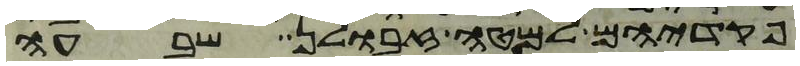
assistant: פקדיהם למטה זבולן שבעה